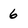
Character: 6